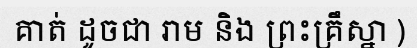
គាត់ ដូចជា រាម និង ព្រះគ្រឹស្នា )